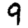
Digit: 9